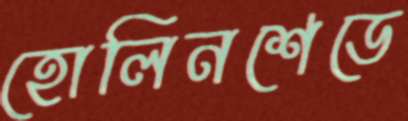
হোলিনশেডে